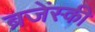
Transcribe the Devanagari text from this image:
ब्रजेंस्की